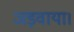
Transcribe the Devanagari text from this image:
जड़वाया।